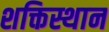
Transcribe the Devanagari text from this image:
शक्तिस्थान